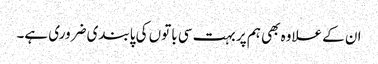
ان کے علاوہ بھی ہم پر بہت سی باتوں کی پابندی ضروری ہے۔